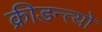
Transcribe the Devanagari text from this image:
क्रीडन्त्यो